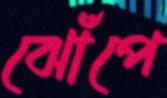
ঝোঁপে